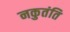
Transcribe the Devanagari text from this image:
नकुतंति